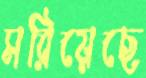
সরিয়েছে